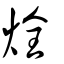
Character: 烇